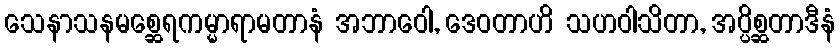
သေနာသနမစ္ဆေရကမ္မာရာမတာနံ အဘာဝေါ, ဒေဝတာဟိ သဟဝါသိတာ, အပ္ပိစ္ဆတာဒီနံ